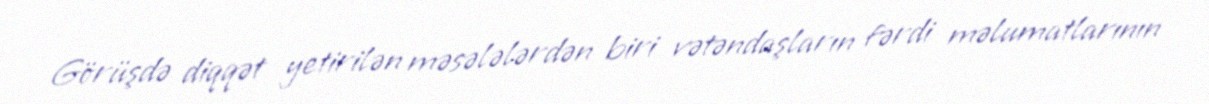
Görüşdə diqqət yetirilən məsələlərdən biri vətəndaşların fərdi məlumatlarının